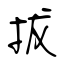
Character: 拔